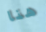
هنا